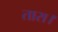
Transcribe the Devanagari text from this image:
तारा।